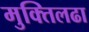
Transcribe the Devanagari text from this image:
मुक्तिलढा